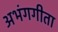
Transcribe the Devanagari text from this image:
अभंगगीता